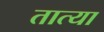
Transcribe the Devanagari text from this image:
तात्‍या